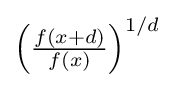
{\textstyle \left({\frac {f(x+d)}{f(x)}}\right)^{1/d}}